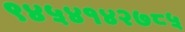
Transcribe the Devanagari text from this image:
९४५४१४२७८५